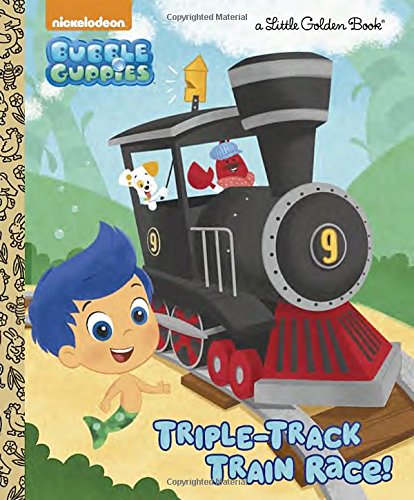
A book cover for Triple-Track Train Race! (Bubble Guppies) (Little Golden Book); Mary Tillworth; Children's Books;